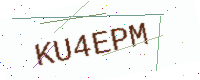
Text: KU4EPM